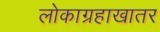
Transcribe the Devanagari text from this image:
लोकाग्रहाखातर